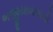
ભજીયાવાલાની